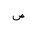
Letter: _sad